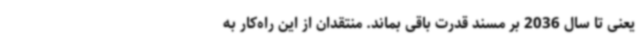
یعنی تا سال 2036 بر مسند قدرت باقی بماند. منتقدان از این راه‌کار به